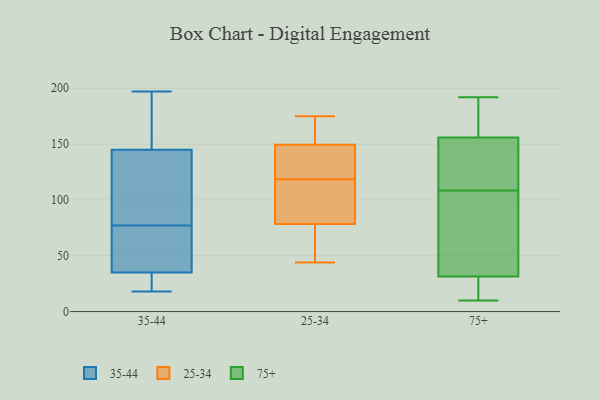
{"axis": {"x": "Active Users", "y": "Value"}, "legend": ["25-34", "35-44", "75+"], "data": [{"x": "", "y": 44, "type": "35-44"}, {"x": "", "y": 192, "type": "35-44"}, {"x": "", "y": 104, "type": "35-44"}, {"x": "", "y": 101, "type": "35-44"}, {"x": "", "y": 172, "type": "35-44"}, {"x": "", "y": 193, "type": "35-44"}, {"x": "", "y": 197, "type": "35-44"}, {"x": "", "y": 75, "type": "35-44"}, {"x": "", "y": 69, "type": "35-44"}, {"x": "", "y": 32, "type": "35-44"}, {"x": "", "y": 147, "type": "35-44"}, {"x": "", "y": 18, "type": "35-44"}, {"x": "", "y": 28, "type": "35-44"}, {"x": "", "y": 25, "type": "35-44"}, {"x": "", "y": 18, "type": "35-44"}, {"x": "", "y": 77, "type": "35-44"}, {"x": "", "y": 139, "type": "35-44"}, {"x": "", "y": 82, "type": "35-44"}, {"x": "", "y": 55, "type": "35-44"}, {"x": "", "y": 125, "type": "25-34"}, {"x": "", "y": 75, "type": "25-34"}, {"x": "", "y": 44, "type": "25-34"}, {"x": "", "y": 64, "type": "25-34"}, {"x": "", "y": 157, "type": "25-34"}, {"x": "", "y": 113, "type": "25-34"}, {"x": "", "y": 50, "type": "25-34"}, {"x": "", "y": 82, "type": "25-34"}, {"x": "", "y": 175, "type": "25-34"}, {"x": "", "y": 164, "type": "25-34"}, {"x": "", "y": 130, "type": "25-34"}, {"x": "", "y": 142, "type": "25-34"}, {"x": "", "y": 117, "type": "25-34"}, {"x": "", "y": 101, "type": "25-34"}, {"x": "", "y": 160, "type": "25-34"}, {"x": "", "y": 120, "type": "25-34"}, {"x": "", "y": 43, "type": "75+"}, {"x": "", "y": 24, "type": "75+"}, {"x": "", "y": 37, "type": "75+"}, {"x": "", "y": 140, "type": "75+"}, {"x": "", "y": 104, "type": "75+"}, {"x": "", "y": 83, "type": "75+"}, {"x": "", "y": 157, "type": "75+"}, {"x": "", "y": 10, "type": "75+"}, {"x": "", "y": 24, "type": "75+"}, {"x": "", "y": 154, "type": "75+"}, {"x": "", "y": 192, "type": "75+"}, {"x": "", "y": 10, "type": "75+"}, {"x": "", "y": 55, "type": "75+"}, {"x": "", "y": 169, "type": "75+"}, {"x": "", "y": 180, "type": "75+"}, {"x": "", "y": 26, "type": "75+"}, {"x": "", "y": 113, "type": "75+"}, {"x": "", "y": 155, "type": "75+"}, {"x": "", "y": 188, "type": "75+"}, {"x": "", "y": 147, "type": "75+"}]}